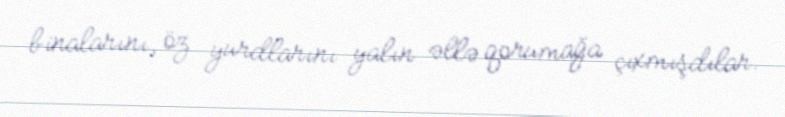
binalarını, öz yurdlarını yalın əllə qorumağa çıxmışdılar.